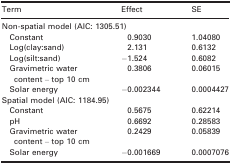
<table><thead><tr><td><b>Term</b></td><td><b>Effect</b></td><td><b>SE</b></td></tr></thead><tbody><tr><td colspan="3">Non‐spatial model (AIC: 1305.51)</td></tr><tr><td>Constant</td><td>0.9030</td><td>1.04080</td></tr><tr><td>Log(clay:sand)</td><td>2.131</td><td>0.6132</td></tr><tr><td>Log(silt:sand)</td><td>−1.524</td><td>0.6082</td></tr><tr><td>Gravimetric water content – top 10 cm</td><td>0.3806</td><td>0.06015</td></tr><tr><td>Solar energy</td><td>−0.002344</td><td>0.0004427</td></tr><tr><td colspan="3">Spatial model (AIC: 1184.95)</td></tr><tr><td>Constant</td><td>0.5675</td><td>0.62214</td></tr><tr><td>pH</td><td>0.6692</td><td>0.28583</td></tr><tr><td>Gravimetric water content – top 10 cm</td><td>0.2429</td><td>0.05839</td></tr><tr><td>Solar energy</td><td>−0.001669</td><td>0.0007076</td></tr></tbody></table>